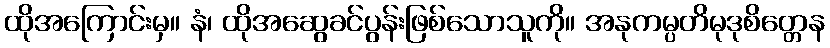
ထိုအကြောင်းမှ။ နံ၊ ထိုအဆွေခင်ပွန်းဖြစ်သောသူကို။ အနုကမ္ပတိမုဒုစိတ္တေန